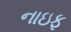
નાઇફ